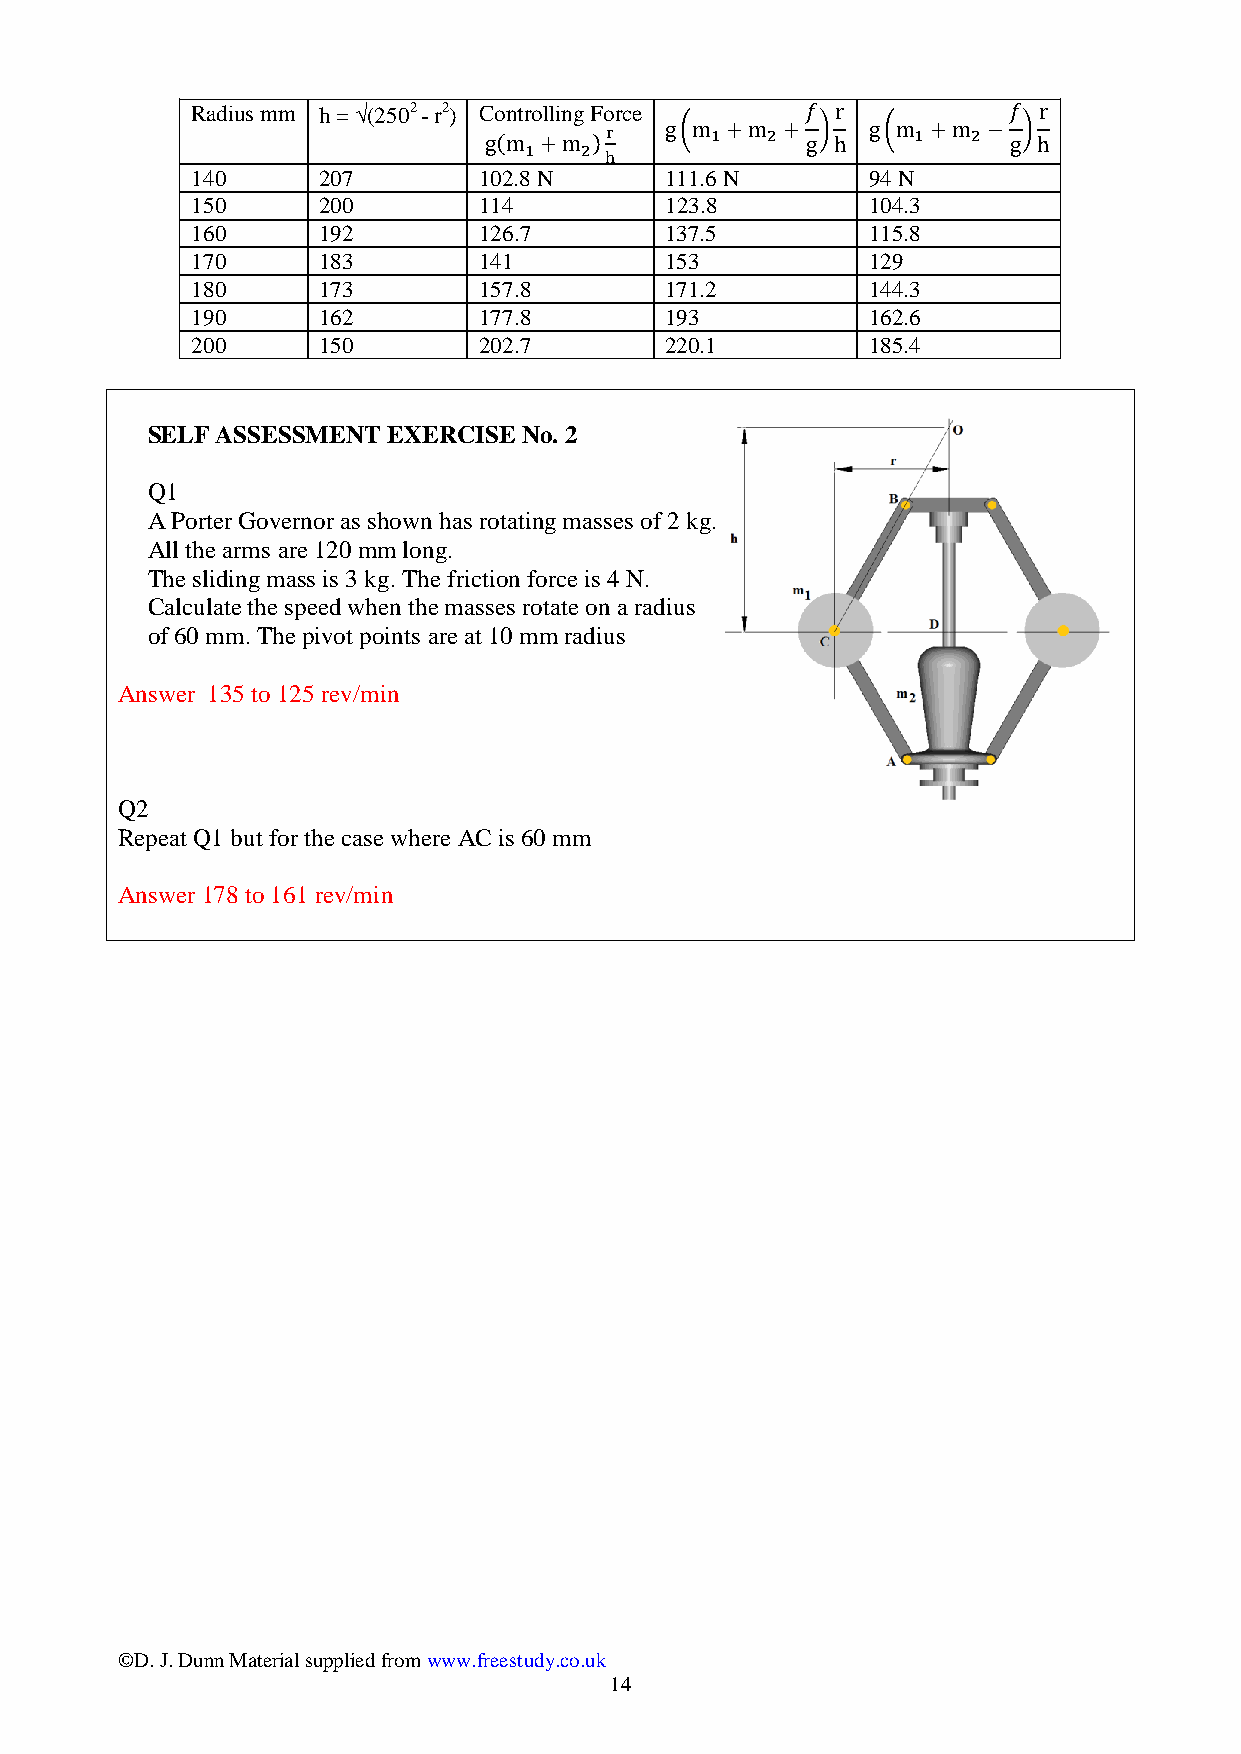
Radius mm h = (2502 - r2) Controlling Force
 140     207        102.8 N     111.6 N       94 N
 150     200        114         123.8         104.3
 160     192        126.7       137.5         115.8
 170     183        141         153           129
 180     173        157.8       171.2         144.3
 190     162        177.8       193           162.6
 200     150        202.7       220.1         185.4
 SELF ASSESSMENT EXERCISE No. 2
 Q1
 A Porter Governor as shown has rotating masses of 2 kg.
 All the arms are 120 mm long.
 The sliding mass is 3 kg. The friction force is 4 N.
 Calculate the speed when the masses rotate on a radius
 of 60 mm. The pivot points are at 10 mm radius
 Answer 135 to 125 rev/min
 Q2
 Repeat Q1 but for the case where AC is 60 mm
 Answer 178 to 161 rev/min
 ©D. J. Dunn Material supplied from www.freestudy.co.uk
 14